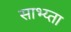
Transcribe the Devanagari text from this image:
साभ्य्ता